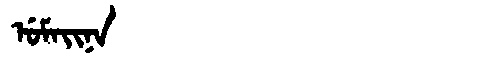
Manchu: ᡠᠮᠠᡳᠨᠠ
Romanization: UMAINA